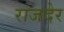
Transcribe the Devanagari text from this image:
राजदेर